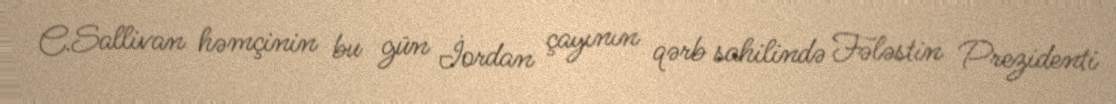
C.Sallivan həmçinin bu gün İordan çayının qərb sahilində Fələstin Prezidenti